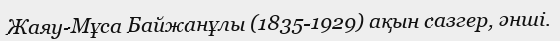
Жаяу-Мұса Байжанұлы (1835-1929) ақын сазгер, әнші.